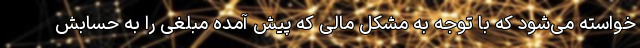
خواسته می‌شود که با توجه به مشکل مالی که پیش آمده مبلغی را به حسابش